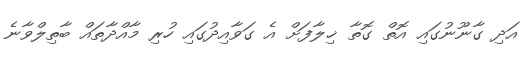
އަދި ގާނޫނުގައި އޮތް ގޮތާ ޚިލާފަށް އެ ގަވާއިދުގައި ހުރި މާއްދާތައް ބާތިލްވާނެ